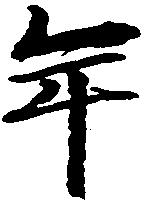
年